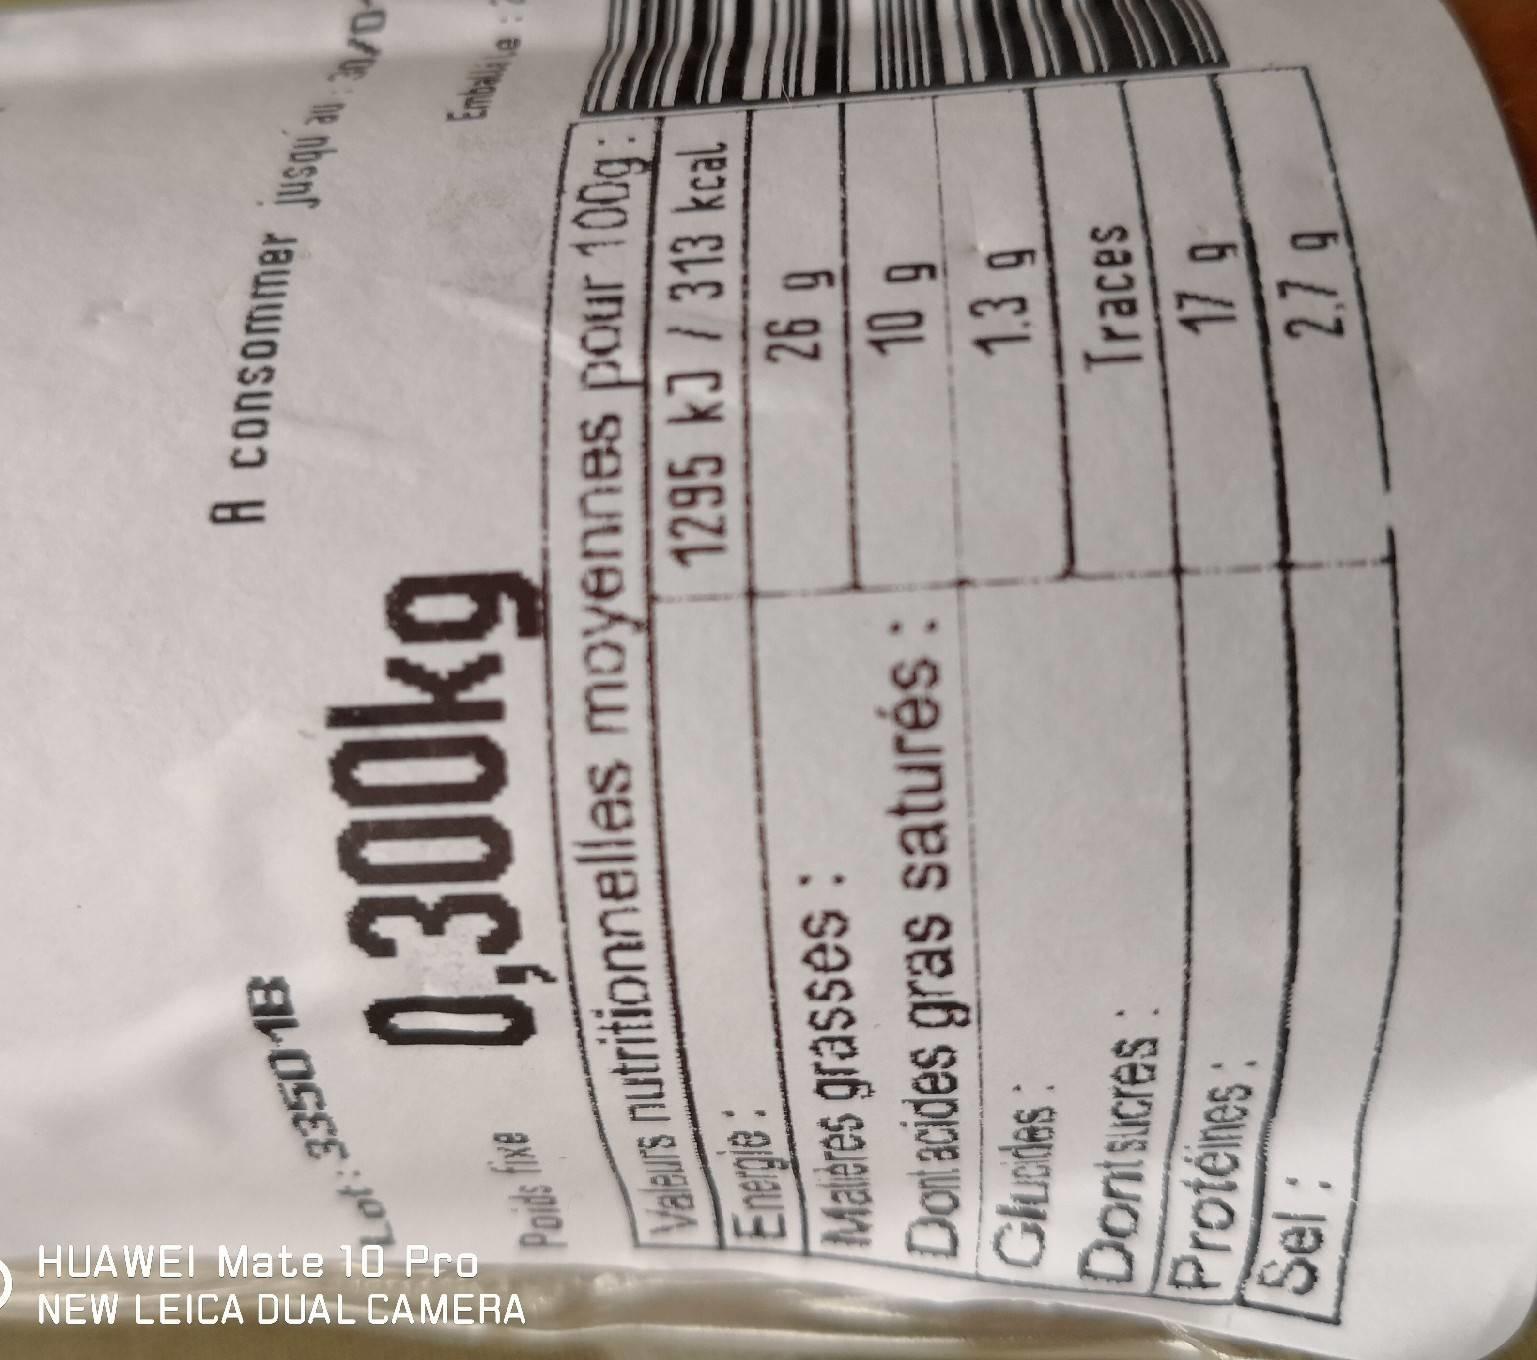
NEW LEICA DUAL CAMERA HUAWEI Mate 10 Pro
ot: 335018
0,300kg
Valeurs nutritionnelles moyennes pour 100g: E
1295 kJ / 313 kcal
26 g
Poids fixe
A consommer jusqu au
Energie:
Malères grasses :
Dontacides gras saturés :
Glucides
Dontsucres
Protéines
Sel:
9
10 g
1.3 g
Traces
17 g 2.79
Embalie